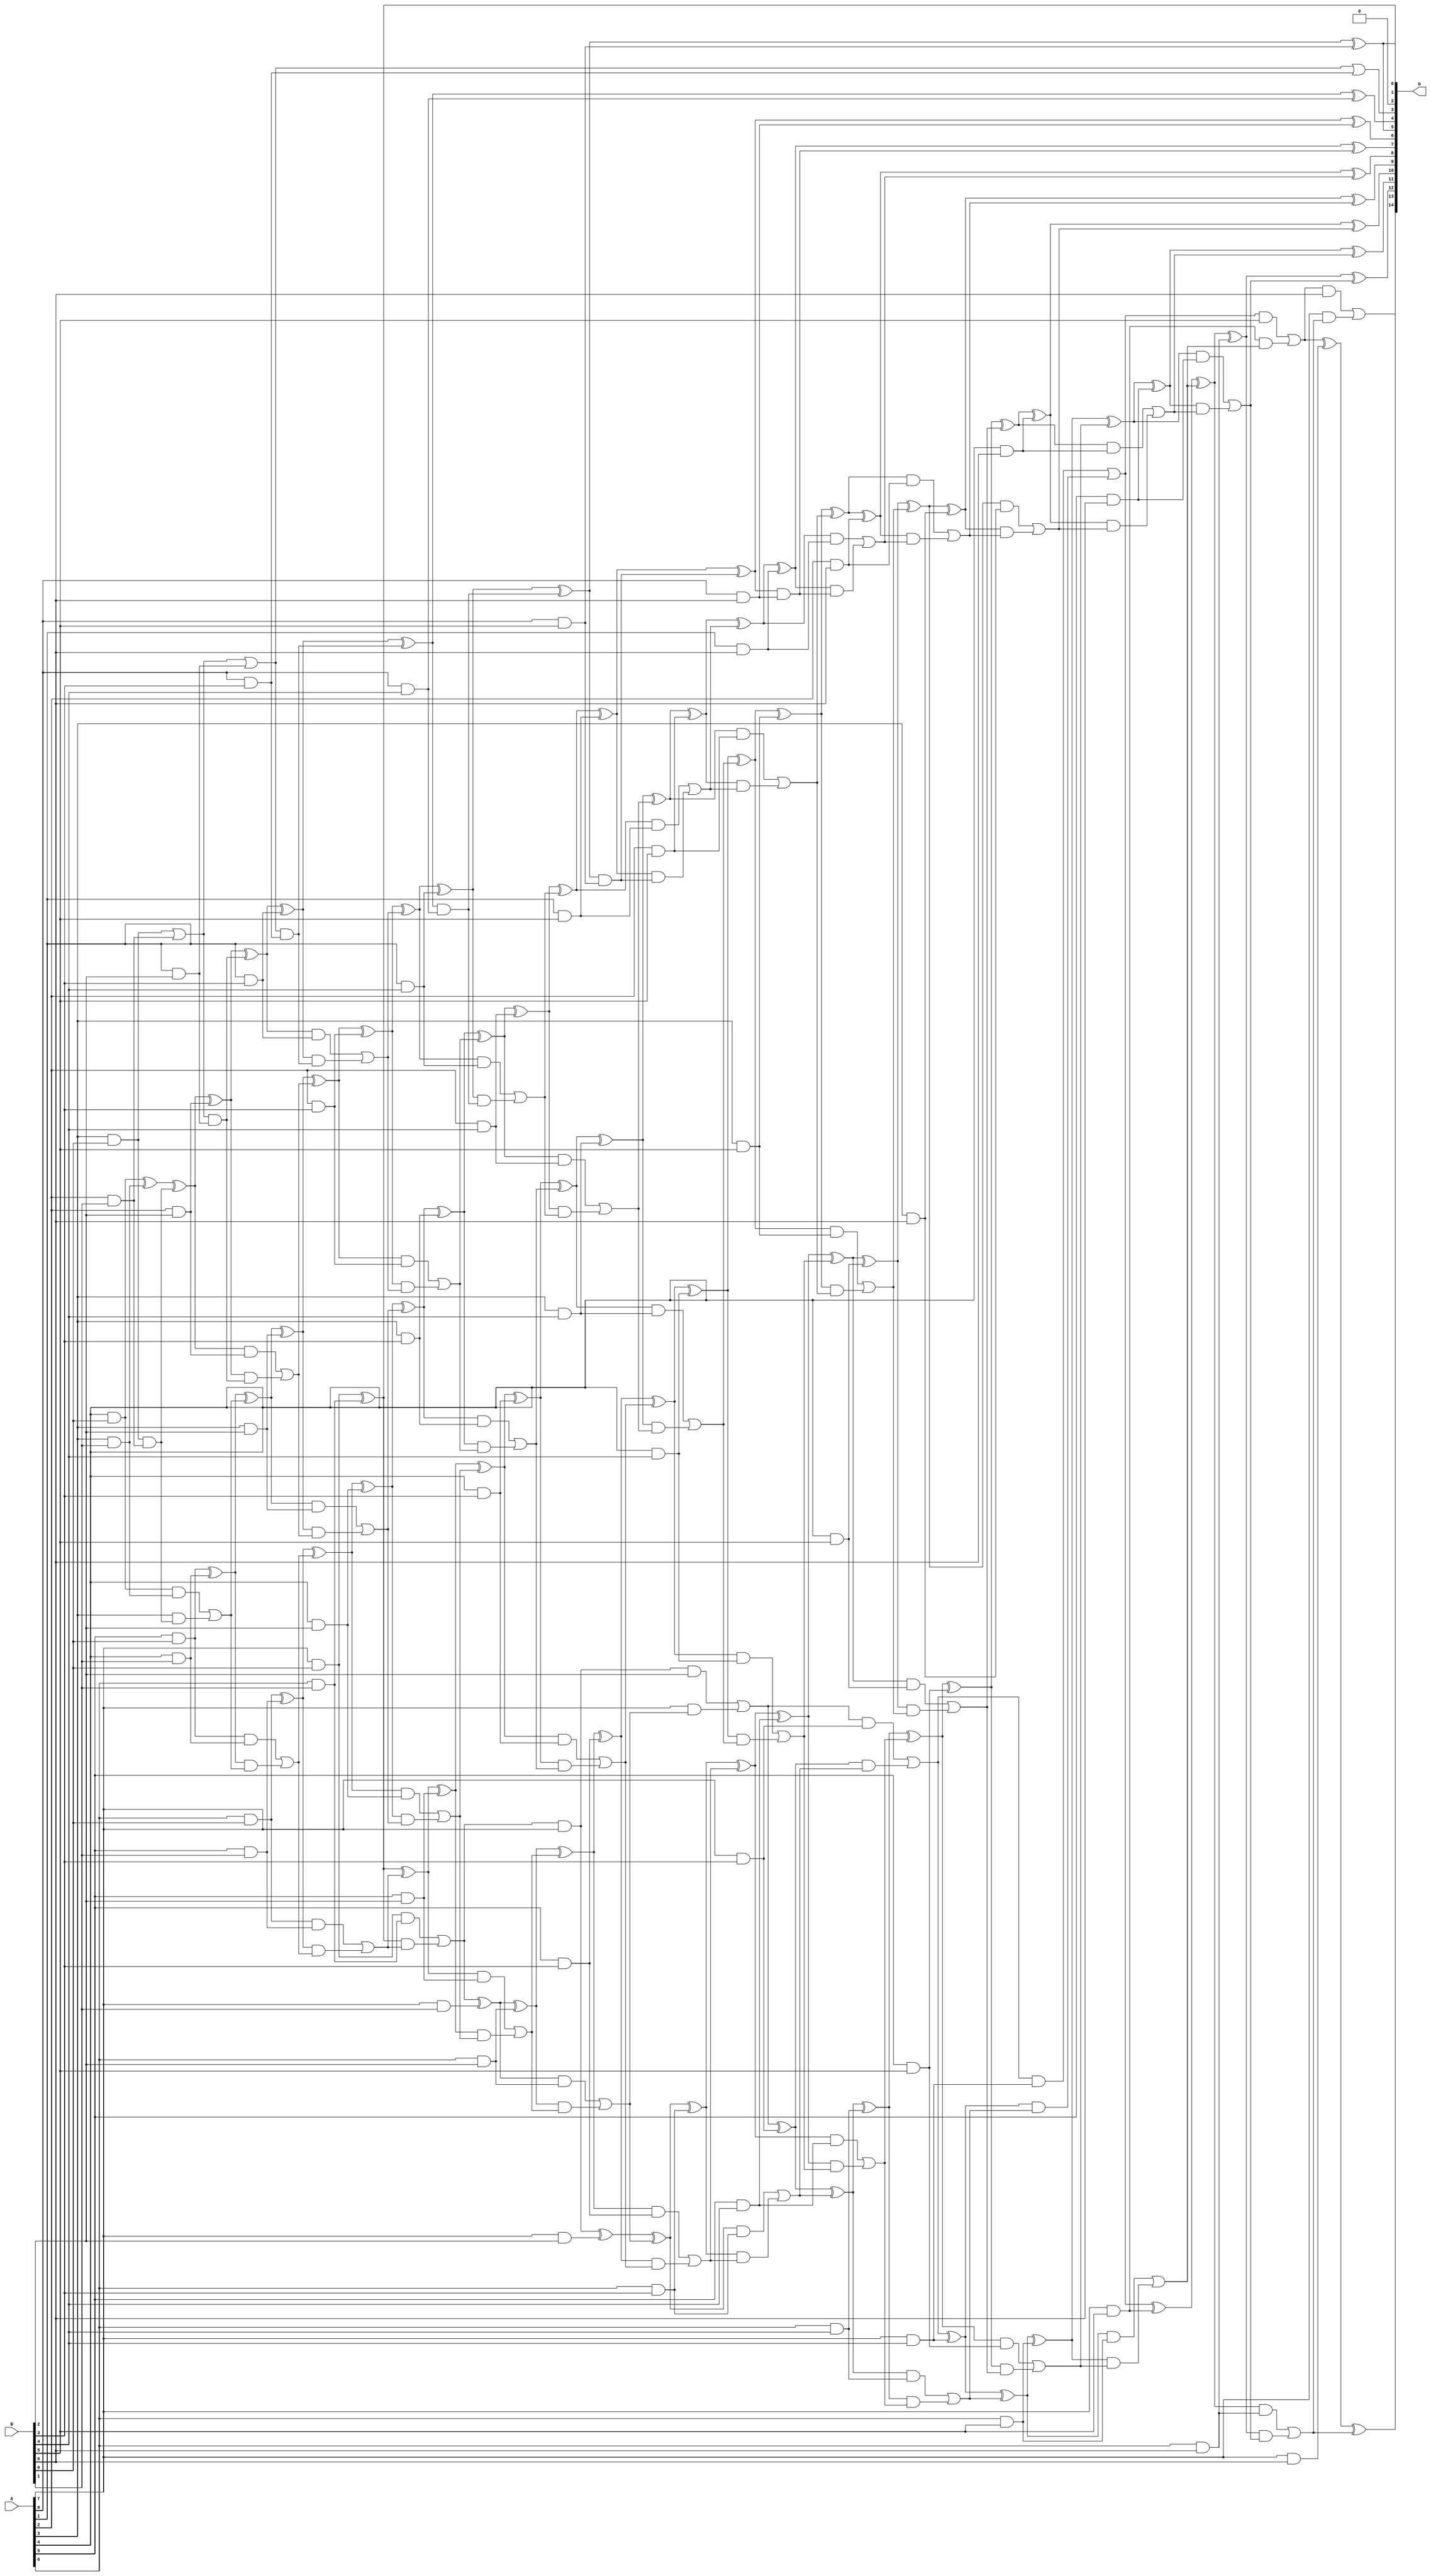
/***
* This code is a part of EvoApproxLib library (ehw.fit.vutbr.cz/approxlib) distributed under The MIT License.
* When used, please cite the following article(s): V. Mrazek, L. Sekanina, Z. Vasicek "Libraries of Approximate Circuits: Automated Design and Application in CNN Accelerators" IEEE Journal on Emerging and Selected Topics in Circuits and Systems, Vol 10, No 4, 2020 
* This file contains a circuit from a sub-set of pareto optimal circuits with respect to the pwr and mse parameters
***/
// MAE% = 0.0093 %
// MAE = 3.0 
// WCE% = 0.04 %
// WCE = 13 
// WCRE% = 100.00 %
// EP% = 83.11 %
// MRE% = 0.33 %
// MSE = 16 
// PDK45_PWR = 0.312 mW
// PDK45_AREA = 596.9 um2
// PDK45_DELAY = 1.67 ns

module mul8x7u_44Q (
    A,
    B,
    O
);

input [7:0] A;
input [6:0] B;
output [14:0] O;

wire sig_18,sig_19,sig_20,sig_21,sig_22,sig_25,sig_26,sig_27,sig_28,sig_29,sig_30,sig_38,sig_39,sig_43,sig_44,sig_45,sig_46,sig_47,sig_48,sig_49;
wire sig_50,sig_51,sig_52,sig_53,sig_54,sig_55,sig_56,sig_57,sig_58,sig_59,sig_60,sig_61,sig_62,sig_63,sig_64,sig_66,sig_67,sig_68,sig_69,sig_70;
wire sig_71,sig_72,sig_75,sig_76,sig_80,sig_81,sig_82,sig_83,sig_84,sig_85,sig_86,sig_87,sig_88,sig_89,sig_90,sig_91,sig_92,sig_93,sig_94,sig_95;
wire sig_96,sig_97,sig_98,sig_99,sig_100,sig_101,sig_102,sig_103,sig_104,sig_105,sig_106,sig_107,sig_108,sig_109,sig_110,sig_111,sig_112,sig_113,sig_114,sig_115;
wire sig_116,sig_117,sig_118,sig_119,sig_120,sig_121,sig_122,sig_123,sig_124,sig_125,sig_126,sig_127,sig_128,sig_129,sig_130,sig_131,sig_132,sig_133,sig_134,sig_135;
wire sig_136,sig_137,sig_138,sig_139,sig_140,sig_141,sig_142,sig_143,sig_144,sig_145,sig_146,sig_147,sig_148,sig_149,sig_150,sig_151,sig_152,sig_153,sig_154,sig_155;
wire sig_156,sig_157,sig_158,sig_159,sig_160,sig_161,sig_162,sig_163,sig_164,sig_165,sig_166,sig_167,sig_168,sig_169,sig_170,sig_171,sig_172,sig_173,sig_174,sig_175;
wire sig_176,sig_177,sig_178,sig_179,sig_180,sig_181,sig_182,sig_183,sig_184,sig_185,sig_186,sig_187,sig_188,sig_189,sig_190,sig_191,sig_192,sig_193,sig_194,sig_195;
wire sig_196,sig_197,sig_198,sig_199,sig_200,sig_201,sig_202,sig_203,sig_204,sig_205,sig_206,sig_207,sig_208,sig_209,sig_210,sig_211,sig_212,sig_213,sig_214,sig_215;
wire sig_216,sig_217,sig_218,sig_219,sig_220,sig_221,sig_222,sig_223,sig_224,sig_225,sig_226,sig_227,sig_228,sig_229,sig_230,sig_231,sig_232,sig_233,sig_234,sig_235;
wire sig_236,sig_237,sig_238,sig_239,sig_240,sig_241,sig_242,sig_243,sig_244,sig_245,sig_246,sig_247,sig_248,sig_249,sig_250,sig_251,sig_252,sig_253,sig_254,sig_255;
wire sig_256,sig_257,sig_258,sig_259,sig_260,sig_261,sig_262,sig_263,sig_264,sig_265,sig_266,sig_267,sig_268,sig_269,sig_270,sig_271,sig_272,sig_273,sig_274,sig_275;
wire sig_276,sig_277,sig_278,sig_279,sig_280,sig_281,sig_282,sig_283,sig_284,sig_285,sig_286,sig_287,sig_288,sig_289;

assign sig_18 = A[3] & B[0];
assign sig_19 = A[4] & B[0];
assign sig_20 = A[5] & B[0];
assign sig_21 = A[6] & B[0];
assign sig_22 = A[7] & B[0];
assign sig_25 = A[2] & B[1];
assign sig_26 = A[3] & B[1];
assign sig_27 = A[4] & B[1];
assign sig_28 = A[5] & B[1];
assign sig_29 = A[6] & B[1];
assign sig_30 = A[7] & B[1];
assign sig_38 = sig_18 | sig_25;
assign sig_39 = sig_18 & sig_25;
assign sig_43 = sig_19 ^ sig_26;
assign sig_44 = sig_19 & sig_26;
assign sig_45 = A[3] & sig_39;
assign sig_46 = sig_43 ^ sig_39;
assign sig_47 = sig_44 | sig_45;
assign sig_48 = sig_20 ^ sig_27;
assign sig_49 = sig_20 & sig_27;
assign sig_50 = sig_48 & sig_47;
assign sig_51 = sig_48 ^ sig_47;
assign sig_52 = sig_49 | sig_50;
assign sig_53 = sig_21 ^ sig_28;
assign sig_54 = sig_21 & sig_28;
assign sig_55 = sig_53 & sig_52;
assign sig_56 = sig_53 ^ sig_52;
assign sig_57 = sig_54 | sig_55;
assign sig_58 = sig_22 ^ sig_29;
assign sig_59 = sig_22 & sig_29;
assign sig_60 = sig_58 & sig_57;
assign sig_61 = sig_58 ^ sig_57;
assign sig_62 = sig_59 | sig_60;
assign sig_63 = sig_62 & A[7];
assign sig_64 = sig_62 ^ sig_30;
assign sig_66 = A[1] & B[2];
assign sig_67 = A[2] & B[2];
assign sig_68 = A[3] & B[2];
assign sig_69 = A[4] & B[2];
assign sig_70 = A[5] & B[2];
assign sig_71 = A[6] & B[2];
assign sig_72 = A[7] & B[2];
assign sig_75 = sig_38 | sig_66;
assign sig_76 = sig_38 & sig_66;
assign sig_80 = sig_46 ^ sig_67;
assign sig_81 = sig_46 & sig_67;
assign sig_82 = sig_80 & sig_76;
assign sig_83 = sig_80 ^ sig_76;
assign sig_84 = sig_81 | sig_82;
assign sig_85 = sig_51 ^ sig_68;
assign sig_86 = sig_51 & sig_68;
assign sig_87 = sig_85 & sig_84;
assign sig_88 = sig_85 ^ sig_84;
assign sig_89 = sig_86 | sig_87;
assign sig_90 = sig_56 ^ sig_69;
assign sig_91 = sig_56 & sig_69;
assign sig_92 = sig_90 & sig_89;
assign sig_93 = sig_90 ^ sig_89;
assign sig_94 = sig_91 | sig_92;
assign sig_95 = sig_61 ^ sig_70;
assign sig_96 = sig_61 & sig_70;
assign sig_97 = sig_95 & sig_94;
assign sig_98 = sig_95 ^ sig_94;
assign sig_99 = sig_96 | sig_97;
assign sig_100 = sig_64 ^ sig_71;
assign sig_101 = sig_64 & sig_71;
assign sig_102 = sig_100 & sig_99;
assign sig_103 = sig_100 ^ sig_99;
assign sig_104 = sig_101 | sig_102;
assign sig_105 = sig_63 ^ sig_72;
assign sig_106 = sig_63 & B[2];
assign sig_107 = A[7] & sig_104;
assign sig_108 = sig_105 ^ sig_104;
assign sig_109 = sig_106 | sig_107;
assign sig_110 = A[0] & B[3];
assign sig_111 = A[1] & B[3];
assign sig_112 = A[2] & B[3];
assign sig_113 = A[3] & B[3];
assign sig_114 = A[4] & B[3];
assign sig_115 = A[5] & B[3];
assign sig_116 = A[6] & B[3];
assign sig_117 = A[7] & B[3];
assign sig_118 = sig_75 & sig_110;
assign sig_119 = sig_75 | sig_110;
assign sig_120 = sig_83 ^ sig_111;
assign sig_121 = sig_83 & sig_111;
assign sig_122 = sig_120 & sig_118;
assign sig_123 = sig_120 ^ sig_118;
assign sig_124 = sig_121 | sig_122;
assign sig_125 = sig_88 ^ sig_112;
assign sig_126 = sig_88 & sig_112;
assign sig_127 = sig_125 & sig_124;
assign sig_128 = sig_125 ^ sig_124;
assign sig_129 = sig_126 | sig_127;
assign sig_130 = sig_93 ^ sig_113;
assign sig_131 = sig_93 & sig_113;
assign sig_132 = sig_130 & sig_129;
assign sig_133 = sig_130 ^ sig_129;
assign sig_134 = sig_131 | sig_132;
assign sig_135 = sig_98 ^ sig_114;
assign sig_136 = sig_98 & sig_114;
assign sig_137 = sig_135 & sig_134;
assign sig_138 = sig_135 ^ sig_134;
assign sig_139 = sig_136 | sig_137;
assign sig_140 = sig_103 ^ sig_115;
assign sig_141 = sig_103 & sig_115;
assign sig_142 = sig_140 & sig_139;
assign sig_143 = sig_140 ^ sig_139;
assign sig_144 = sig_141 | sig_142;
assign sig_145 = sig_108 ^ sig_116;
assign sig_146 = sig_108 & sig_116;
assign sig_147 = sig_145 & sig_144;
assign sig_148 = sig_145 ^ sig_144;
assign sig_149 = sig_146 | sig_147;
assign sig_150 = sig_109 ^ sig_117;
assign sig_151 = sig_109 & sig_117;
assign sig_152 = sig_150 & sig_149;
assign sig_153 = sig_150 ^ sig_149;
assign sig_154 = sig_151 | sig_152;
assign sig_155 = A[0] & B[4];
assign sig_156 = A[1] & B[4];
assign sig_157 = A[2] & B[4];
assign sig_158 = A[3] & B[4];
assign sig_159 = A[4] & B[4];
assign sig_160 = A[5] & B[4];
assign sig_161 = A[6] & B[4];
assign sig_162 = A[7] & B[4];
assign sig_163 = sig_123 & sig_155;
assign sig_164 = sig_123 ^ sig_155;
assign sig_165 = sig_128 ^ sig_156;
assign sig_166 = sig_128 & sig_156;
assign sig_167 = sig_165 & sig_163;
assign sig_168 = sig_165 ^ sig_163;
assign sig_169 = sig_166 | sig_167;
assign sig_170 = sig_133 ^ sig_157;
assign sig_171 = sig_133 & sig_157;
assign sig_172 = sig_170 & sig_169;
assign sig_173 = sig_170 ^ sig_169;
assign sig_174 = sig_171 | sig_172;
assign sig_175 = sig_138 ^ sig_158;
assign sig_176 = sig_138 & sig_158;
assign sig_177 = sig_175 & sig_174;
assign sig_178 = sig_175 ^ sig_174;
assign sig_179 = sig_176 | sig_177;
assign sig_180 = sig_143 ^ sig_159;
assign sig_181 = sig_143 & sig_159;
assign sig_182 = sig_180 & sig_179;
assign sig_183 = sig_180 ^ sig_179;
assign sig_184 = sig_181 | sig_182;
assign sig_185 = sig_148 ^ sig_160;
assign sig_186 = sig_148 & sig_160;
assign sig_187 = sig_185 & sig_184;
assign sig_188 = sig_185 ^ sig_184;
assign sig_189 = sig_186 | sig_187;
assign sig_190 = sig_153 ^ sig_161;
assign sig_191 = sig_153 & sig_161;
assign sig_192 = sig_190 & sig_189;
assign sig_193 = sig_190 ^ sig_189;
assign sig_194 = sig_191 | sig_192;
assign sig_195 = sig_154 ^ sig_162;
assign sig_196 = sig_154 & sig_162;
assign sig_197 = sig_195 & sig_194;
assign sig_198 = sig_195 ^ sig_194;
assign sig_199 = sig_196 | sig_197;
assign sig_200 = A[0] & B[5];
assign sig_201 = A[1] & B[5];
assign sig_202 = A[2] & B[5];
assign sig_203 = A[3] & B[5];
assign sig_204 = A[4] & B[5];
assign sig_205 = A[5] & B[5];
assign sig_206 = A[6] & B[5];
assign sig_207 = A[7] & B[5];
assign sig_208 = sig_168 & sig_200;
assign sig_209 = sig_168 ^ sig_200;
assign sig_210 = sig_173 ^ sig_201;
assign sig_211 = sig_173 & sig_201;
assign sig_212 = sig_210 & sig_208;
assign sig_213 = sig_210 ^ sig_208;
assign sig_214 = sig_211 | sig_212;
assign sig_215 = sig_178 ^ sig_202;
assign sig_216 = sig_178 & sig_202;
assign sig_217 = sig_215 & sig_214;
assign sig_218 = sig_215 ^ sig_214;
assign sig_219 = sig_216 | sig_217;
assign sig_220 = sig_183 ^ sig_203;
assign sig_221 = sig_183 & sig_203;
assign sig_222 = sig_220 & sig_219;
assign sig_223 = sig_220 ^ sig_219;
assign sig_224 = sig_221 | sig_222;
assign sig_225 = sig_188 ^ sig_204;
assign sig_226 = sig_188 & sig_204;
assign sig_227 = sig_225 & sig_224;
assign sig_228 = sig_225 ^ sig_224;
assign sig_229 = sig_226 | sig_227;
assign sig_230 = sig_193 ^ sig_205;
assign sig_231 = sig_193 & sig_205;
assign sig_232 = sig_230 & sig_229;
assign sig_233 = sig_230 ^ sig_229;
assign sig_234 = sig_231 | sig_232;
assign sig_235 = sig_198 ^ sig_206;
assign sig_236 = sig_198 & sig_206;
assign sig_237 = sig_235 & sig_234;
assign sig_238 = sig_235 ^ sig_234;
assign sig_239 = sig_236 | sig_237;
assign sig_240 = sig_199 ^ sig_207;
assign sig_241 = sig_199 & B[5];
assign sig_242 = sig_207 & sig_239;
assign sig_243 = sig_240 ^ sig_239;
assign sig_244 = sig_241 | sig_242;
assign sig_245 = A[0] & B[6];
assign sig_246 = A[1] & B[6];
assign sig_247 = A[2] & B[6];
assign sig_248 = A[3] & B[6];
assign sig_249 = A[4] & B[6];
assign sig_250 = A[5] & B[6];
assign sig_251 = A[6] & B[6];
assign sig_252 = A[7] & B[6];
assign sig_253 = sig_213 & sig_245;
assign sig_254 = sig_213 ^ sig_245;
assign sig_255 = sig_218 ^ sig_246;
assign sig_256 = sig_218 & sig_246;
assign sig_257 = sig_255 & sig_253;
assign sig_258 = sig_255 ^ sig_253;
assign sig_259 = sig_256 | sig_257;
assign sig_260 = sig_223 ^ sig_247;
assign sig_261 = sig_223 & sig_247;
assign sig_262 = sig_260 & sig_259;
assign sig_263 = sig_260 ^ sig_259;
assign sig_264 = sig_261 | sig_262;
assign sig_265 = sig_228 ^ sig_248;
assign sig_266 = sig_228 & sig_248;
assign sig_267 = sig_265 & sig_264;
assign sig_268 = sig_265 ^ sig_264;
assign sig_269 = sig_266 | sig_267;
assign sig_270 = sig_233 ^ sig_249;
assign sig_271 = sig_233 & sig_249;
assign sig_272 = sig_270 & sig_269;
assign sig_273 = sig_270 ^ sig_269;
assign sig_274 = sig_271 | sig_272;
assign sig_275 = sig_238 ^ sig_250;
assign sig_276 = sig_238 & sig_250;
assign sig_277 = sig_275 & sig_274;
assign sig_278 = sig_275 ^ sig_274;
assign sig_279 = sig_276 | sig_277;
assign sig_280 = sig_243 ^ sig_251;
assign sig_281 = sig_243 & sig_251;
assign sig_282 = sig_280 & sig_279;
assign sig_283 = sig_280 ^ sig_279;
assign sig_284 = sig_281 | sig_282;
assign sig_285 = sig_244 ^ sig_252;
assign sig_286 = sig_244 & B[6];
assign sig_287 = A[7] & sig_284;
assign sig_288 = sig_285 ^ sig_284;
assign sig_289 = sig_286 | sig_287;

assign O[14] = sig_289;
assign O[13] = sig_288;
assign O[12] = sig_283;
assign O[11] = sig_278;
assign O[10] = sig_273;
assign O[9] = sig_268;
assign O[8] = sig_263;
assign O[7] = sig_258;
assign O[6] = sig_254;
assign O[5] = sig_209;
assign O[4] = sig_164;
assign O[3] = sig_119;
assign O[2] = 1'b0;
assign O[1] = sig_58;
assign O[0] = sig_209;

endmodule